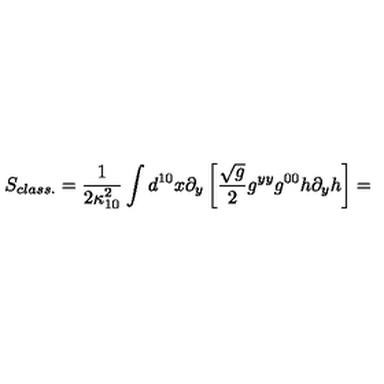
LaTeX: S _ { c l a s s . } = \frac { 1 } { 2 \kappa _ { 1 0 } ^ { 2 } } \int d ^ { 1 0 } x \partial _ { y } \left[ \frac { \sqrt { g } } { 2 } g ^ { y y } g ^ { 0 0 } h \partial _ { y } h \right] =